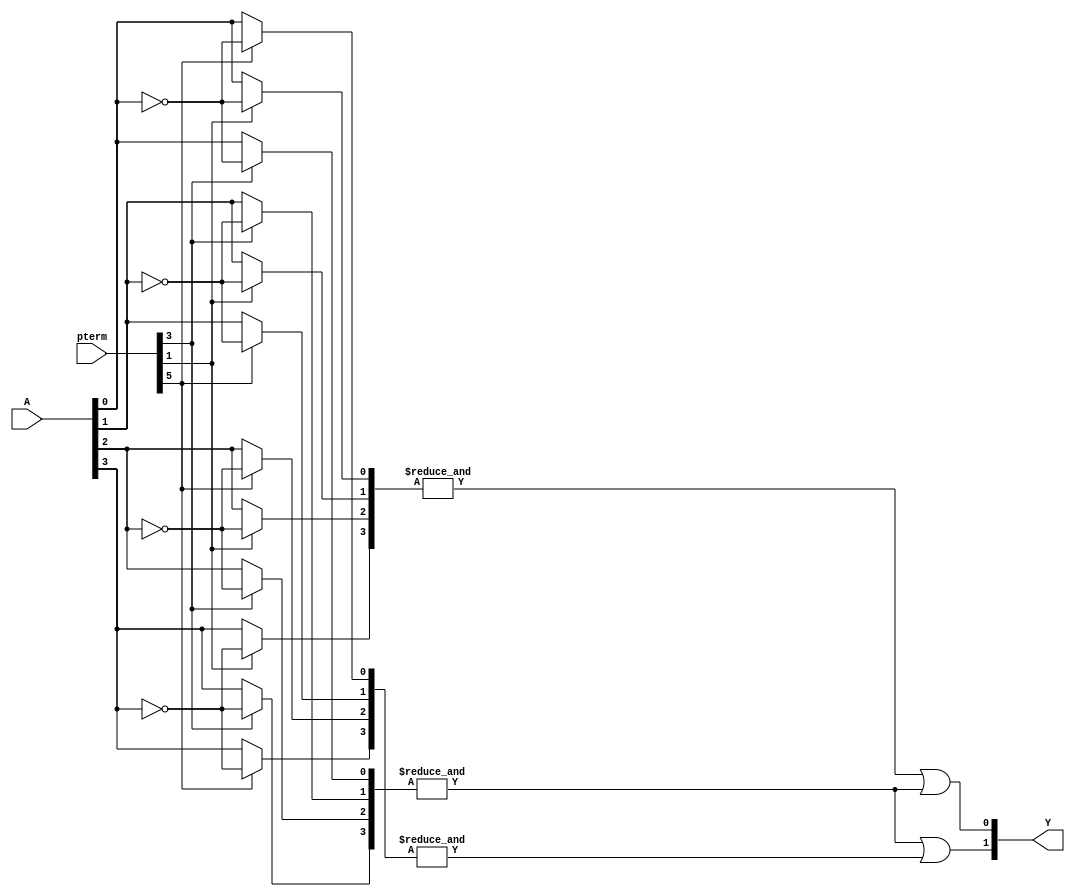
module SPAL (
    input wire [n-1:0] A,      // Input signals A1, A2, ..., An
    input wire [m*2-1:0] pterm, // Programmable terms for AND gates (2 bits per term: signal and its inversion)
    output wire [p-1:0] Y      // Outputs from the OR array
);

// Parameters (define these according to your specific SPAL architecture)
parameter n = 4;  // Number of inputs
parameter m = 4;  // Number of product terms
parameter p = 2;  // Number of outputs

// Internal wire to hold the outputs of the AND gates
wire [m-1:0] and_out;

// Generate the AND gates
genvar i, j;
generate
    for (i = 0; i < m; i = i + 1) begin : and_gates
        wire [n-1:0] and_inputs;
        // Generate AND gate inputs based on programmability
        for (j = 0; j < n; j = j + 1) begin : input_selection
            assign and_inputs[j] = pterm[i*2 + 1] ? ~A[j] : A[j]; // Select signal or its inversion
        end
        assign and_out[i] = &and_inputs; // AND gate output
    end
endgenerate

// Fixed OR gates (combine outputs of the AND gates)
genvar k;
generate
    for (k = 0; k < p; k = k + 1) begin : or_gates
        // Example OR gate configuration, modify as needed
        assign Y[k] = and_out[k] | and_out[k + 1]; // Combine outputs of two AND gates
    end
endgenerate

endmodule